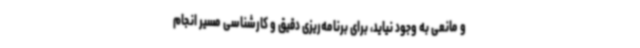
و مانعی به وجود نیاید، برای برنامه‌ریزی دقیق و کارشناسی مسیر انجام